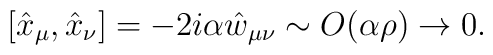
[\hat{x}_{\mu},\hat{x}_{\nu}]=-2i\alpha\hat{w}_{\mu\nu} \sim O (\alpha \rho) \rightarrow 0.